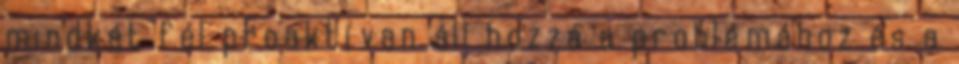
mindkét fél proaktívan áll hozzá a problémához és a